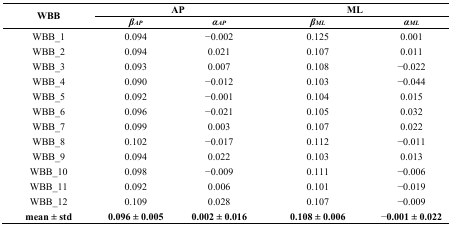
| <ROWSPAN=3> WBB | <COLSPAN=2> AP | <COLSPAN=2> ML |
 | βAP | αAP | βML | αML |
 | --- | --- | --- | --- | --- |
 | WBB_1 | 0.094 | −0.002 | 0.125 | 0.001 |
 | WBB_2 | 0.094 | 0.021 | 0.107 | 0.011 |
 | WBB_3 | 0.093 | 0.007 | 0.108 | −0.022 |
 | WBB_4 | 0.090 | −0.012 | 0.103 | −0.044 |
 | WBB_5 | 0.092 | −0.001 | 0.104 | 0.015 |
 | WBB_6 | 0.096 | −0.021 | 0.105 | 0.032 |
 | WBB_7 | 0.099 | 0.003 | 0.107 | 0.022 |
 | WBB_8 | 0.102 | −0.017 | 0.112 | −0.011 |
 | WBB_9 | 0.094 | 0.022 | 0.103 | 0.013 |
 | WBB_10 | 0.098 | −0.009 | 0.111 | −0.006 |
 | WBB_11 | 0.092 | 0.006 | 0.101 | −0.019 |
 | WBB_12 | 0.109 | 0.028 | 0.107 | −0.009 |
 | mean ± std | 0.096 ± 0.005 | 0.002 ± 0.016 | 0.108 ± 0.006 | −0.001 ± 0.022 |